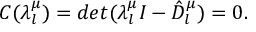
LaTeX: C ( \lambda _ { l } ^ { \mu } ) = d e t ( \lambda _ { l } ^ { \mu } I - \hat { D } _ { l } ^ { \mu } ) = 0 .